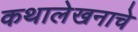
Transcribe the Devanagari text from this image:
कथालेखनाचे